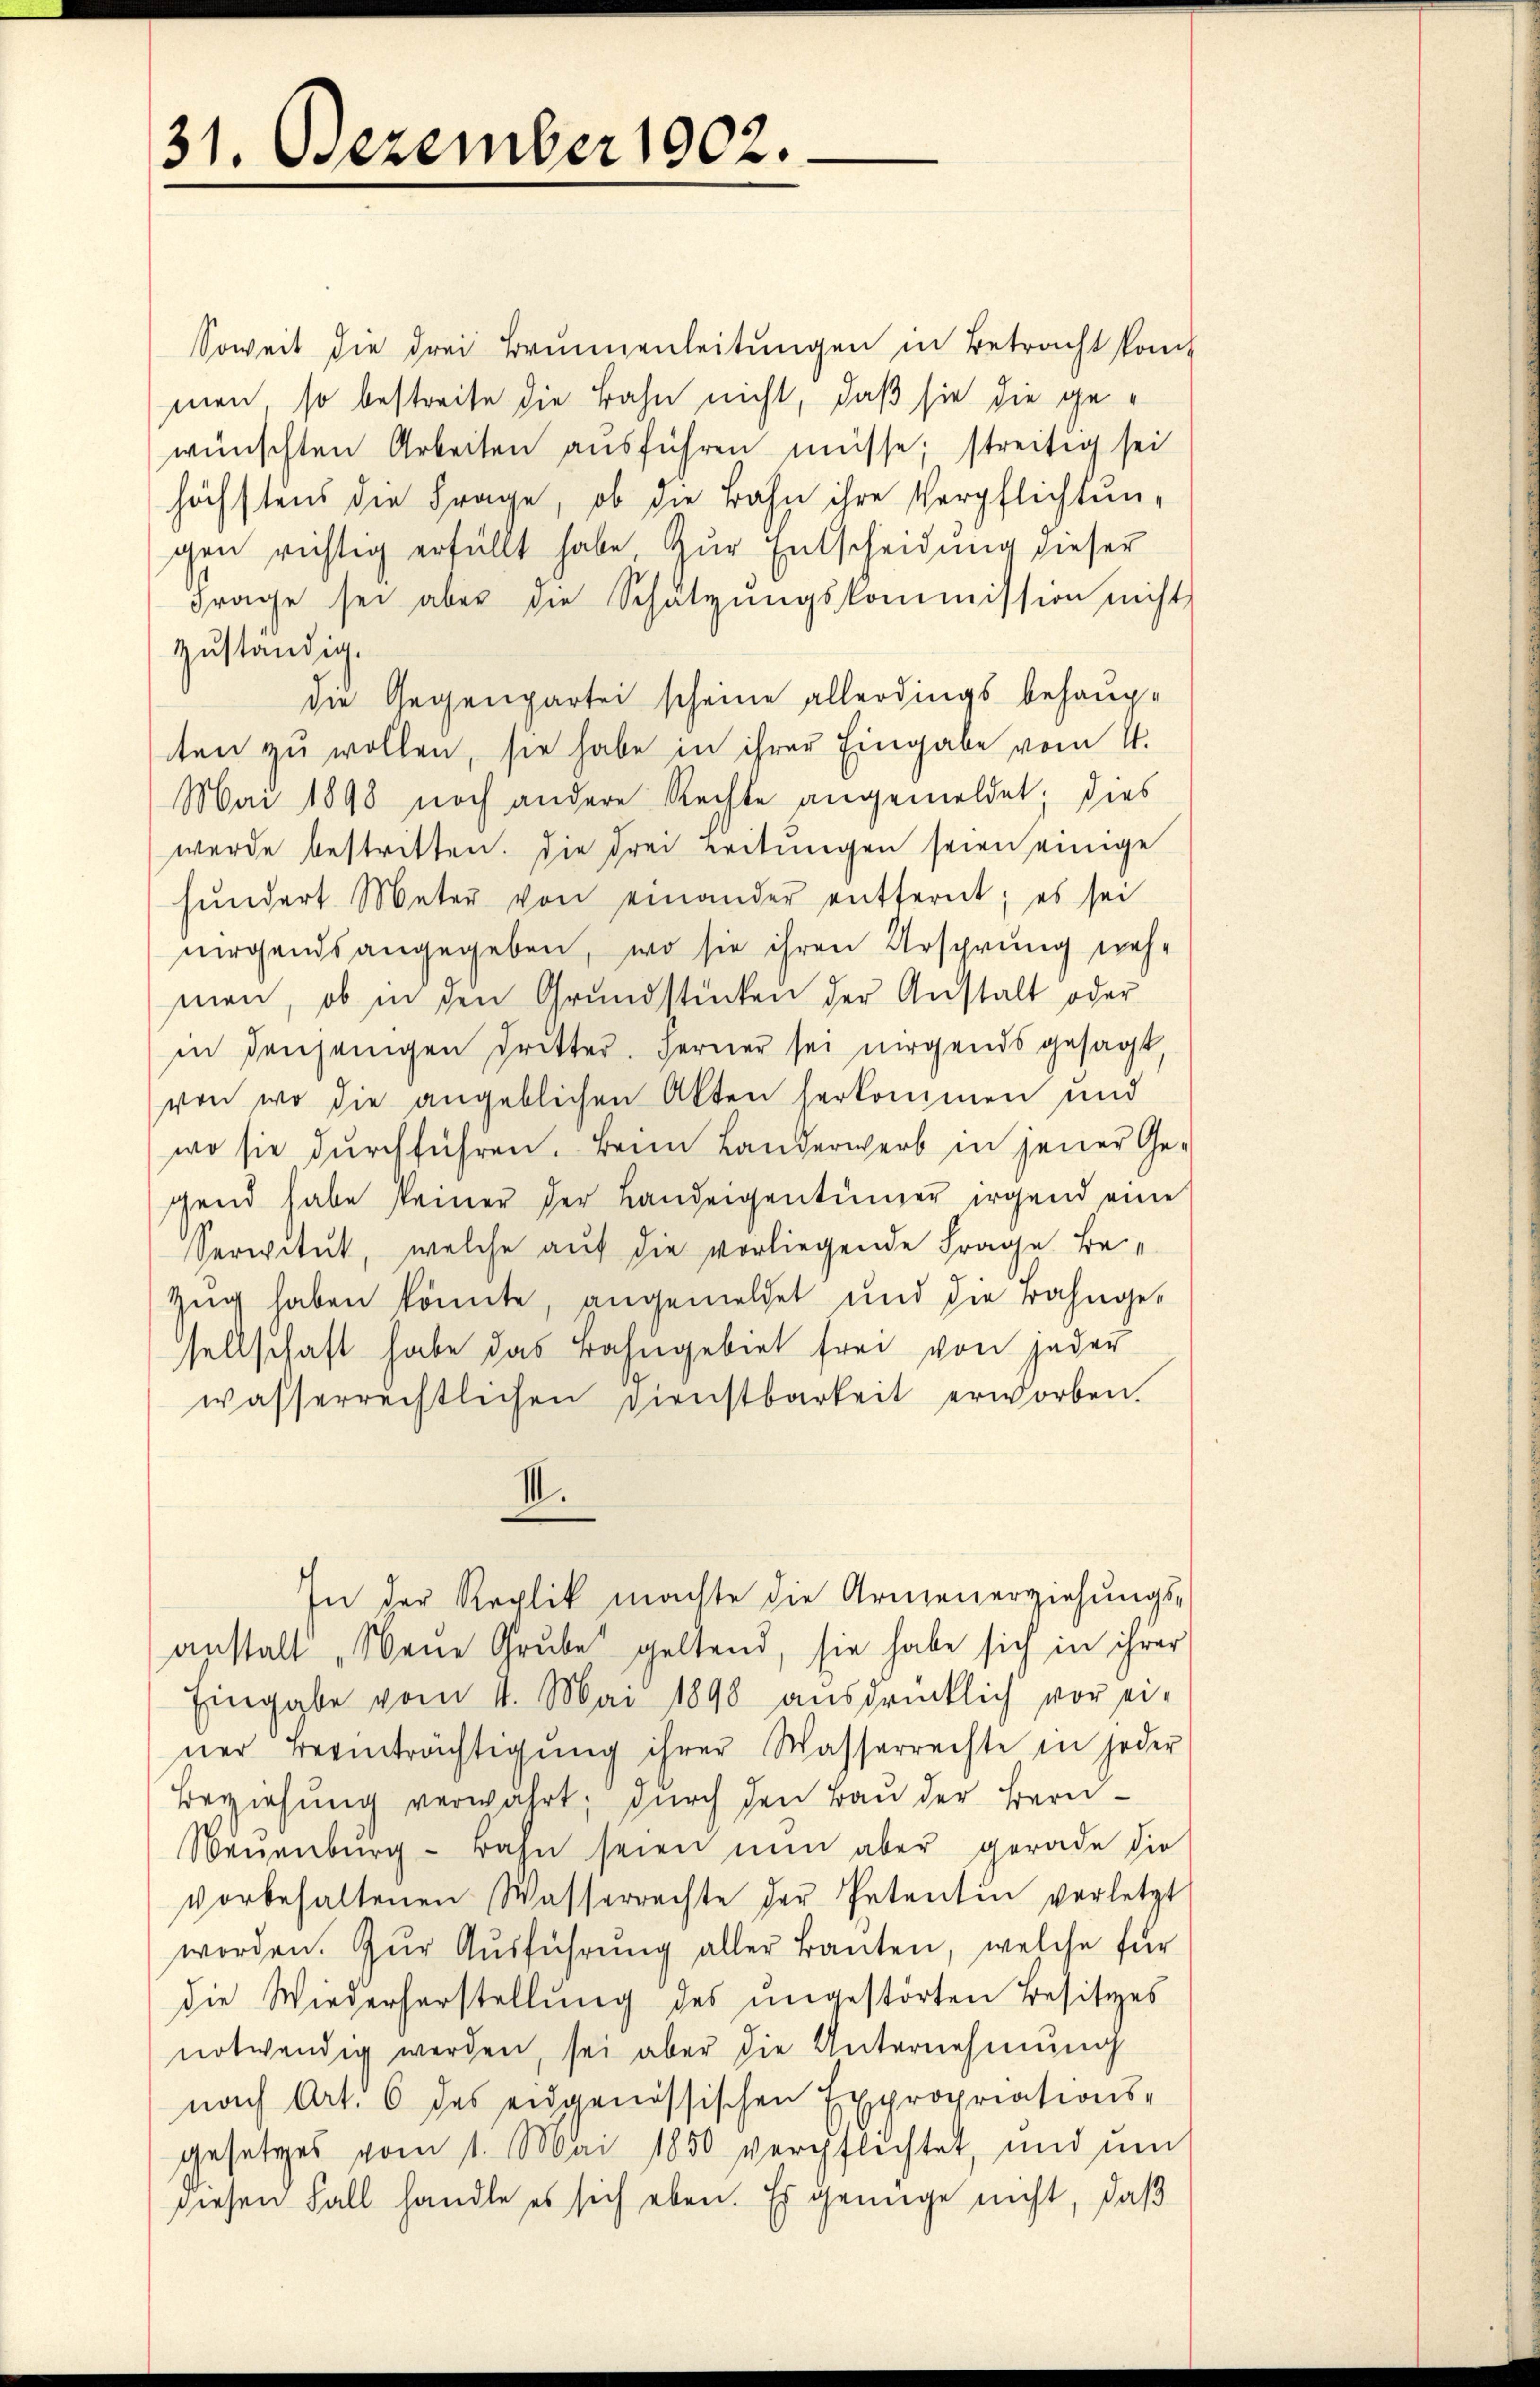
31. Dezember 1902.

Soweit die drei Brunnenleitungen in Betracht kant
men, so bestreite die Bahn nicht, daß sie die gewünschten Arbeiten ausführen müsse, streitig sei
höchstens die Frage, ob die Bahn ihre Verpflichtungen richtig erfüllt habe, zur Entscheidung dieser
Frage sei aber die Schätzungskommission nicht
zuständig.
die Gegenpartei scheine allerdings behaup-
ten zŭ wollen, sie habe in ihrer Eingabe vom 4.
Mai 1898 noch andere Rechte angemeldet. Dies
werde bestritten. Die drei Leitungen seien einige
hundert Meter von einander entfernt; es sei
nirgends angegeben, wo sie ihren Ursprung nehmen, ob in den Grundstücken der Anstalt oder
in denjenigen dritter. Ferner sei nirgends gesagt,
von wo die angeblichen Akten herkommen und
wo sie durchführen. Beim Landerwerb in jener Gegend habe seiner der Landeigentümer irgend eine
Servitut, welche auf die vorliegende Frage be
Zug haben könnte, angemeldet und die Bahnge-
sellschaft habe das Bahngebiet frei von jeder
wasserrechtlichen Dienstbarkeit erworben.
III.
In der Replik machte die Armenerziehŭngs-
anstalt „Neue Grube geltend, sie habe sich in ihrer
Eingabe vom 11. Mai 1898 ausdrücklich vor ei-
ner Beeinträchtigung ihrer Wasserrechte in jeder
Beziehung verwahrt, durch den Bau der Bern¬
Neuenburg - Bahn seien nun aber gerade die
vorbehaltenen Wasserrechte der Petentin verletzt
worden. Zŭr Aŭsführŭng aller Banten, welche für
die Wiederherstellung des ungestörten Besitzes
notwendig werden, sei aber die Unternehmung
nach Art. 6 des eidgenössischen Expropriations-
gesetzes vom 1. Mai 1850 verpflichtet, und um
diesen Fall handle es sich eben. Es genüge nicht, daß